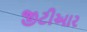
જીટીઆર